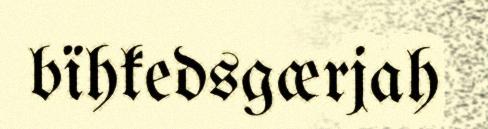
bïhkedsgærjah